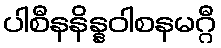
ပါစီနနိန္နဝါစနမဂ္ဂီ